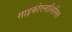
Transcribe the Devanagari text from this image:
साइकोएनालिसिस